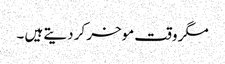
مگر وقت موخر کر دیتے ہیں ۔